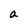
Character: a